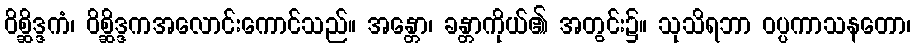
ဝိစ္ဆိဒ္ဒကံ၊ ဝိစ္ဆိဒ္ဒကအလောင်းကောင်သည်။ အန္တော၊ ခန္တာကိုယ်၏ အတွင်း၌။ သုသိရဘာ ဝပ္ပကာသနတော၊